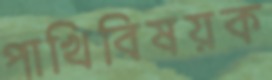
পাখিবিষয়ক